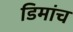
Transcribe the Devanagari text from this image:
डिमांच